Leaving Certificate Examination, 1920
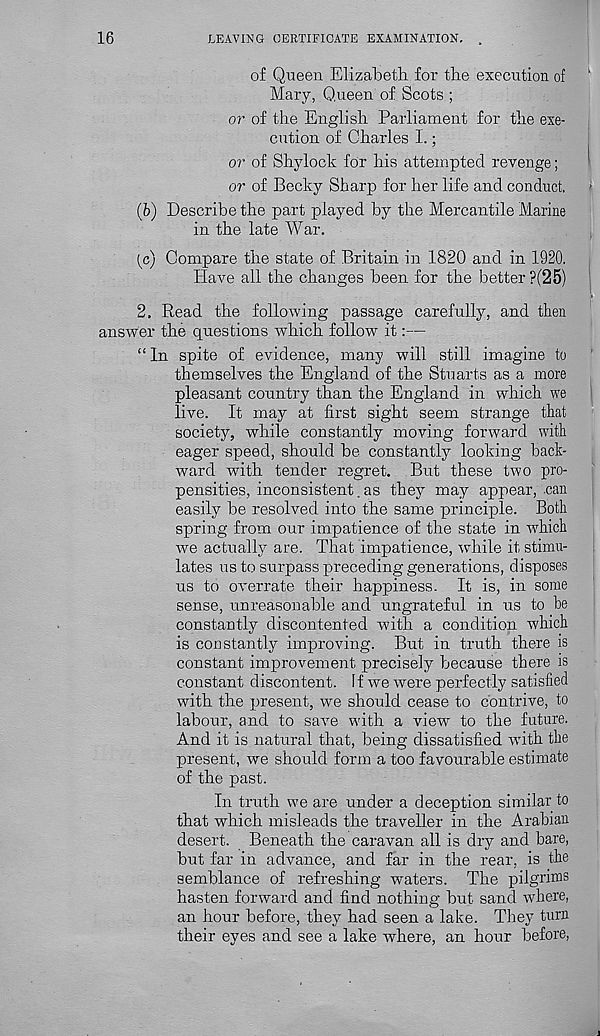
16
LEAVING CERTIFICATE EXAMINATION. .
of Queen Elizabeth for the execution of
Mary, Queen of Scots ;
or of the English Parliament for the exe-
cution of Charles 1.;
or of Shylock for his attempted revenge;
or of Becky Sharp for her life and conduct.
(6) Describe the part played by the Mercantile Marine
in the late War.
(c) Compare the state of Britain in 1820 and in 1920.
Have all the changes been for the better ?(25)
2. Read the following passage carefully, and then
answer the questions which follow it:—
“ In spite of evidence, many will still imagine to
themselves the England of the Stuarts as a more
pleasant country than the England in which we
live. It may at first sight seem strange that
society, while constantly moving forward with
eager speed, should be constantly looking back-
ward with tender regret. But these two pro-
pensities, inconsistent. as they may appear, .can
easily be resolved into the same principle. Both
spring from our impatience of the state in which
we actually are. That impatience, while it stimu-
lates us to surpass preceding generations, disposes
us to overrate their happiness. It is, in some
sense, unreasonable and ungrateful in us to be
constantly discontented with a condition which
is constantly improving. But in truth there is
constant improvement precisely^ because there is
constant discontent. If we were perfectly satisfied
with the present, we should cease to contrive, to
labour, and to save with a view to the future.
And it is natural that, being dissatisfied with the
present, we should form a too favourable estimate
of the past.
In truth we are under a deception similar to
that which misleads the traveller in the Arabian
desert. Beneath the caravan all is dry and bare,
but far in advance, and far in the rear, is the
semblance of refreshing waters. The pilgrims
hasten forward and find nothing but sand where,
an hour before, they had seen a lake. They turn
their eyes and see a lake where, an hour before,